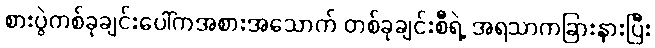
စားပွဲတစ်ခုချင်းပေါ်ကအစားအသောက် တစ်ခုချင်းစီရဲ့ အရသာကခြားနားပြီး